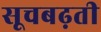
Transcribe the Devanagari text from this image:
सूचबढ़ती